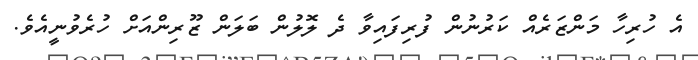
އެ ހުރިހާ މަންޒަރެއް ކަރުނުން ފުރިފައިވާ ދެ ލޮލުން ބަލަން ޒޫރިންއަށް ހުރެވުނީއެވެ.